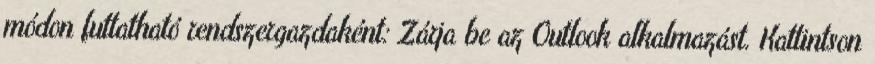
módon futtatható rendszergazdaként: Zárja be az Outlook alkalmazást. Kattintson